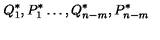
{ Q } _ { 1 } ^ { \ast } , { P } _ { 1 } ^ { \ast } \dots , { Q } _ { n - m } ^ { \ast } , { P } _ { n - m } ^ { \ast }